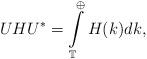
LaTeX: \begin{align*}UHU^\ast = \int\limits_{\mathbb T}^{\oplus} H(k) dk,\end{align*}